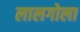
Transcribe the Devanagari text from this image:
लालगोला